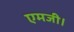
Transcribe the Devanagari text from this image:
एमजी।